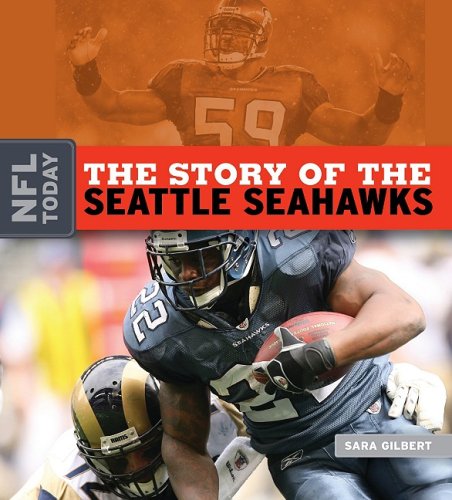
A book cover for The Story of the Seattle Seahawks (NFL Today); Sara Gilbert; Teen & Young Adult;